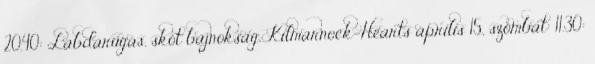
20.40: Labdarúgás, skót bajnokság, Kilmarnock-Hearts április 15., szombat: 11.30: